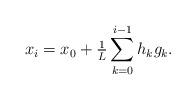
LaTeX: \begin{align*} x_i=x_0 +\tfrac{1}{L}\sum\limits_{k=0}^{i-1} h_k g_k .\end{align*}